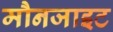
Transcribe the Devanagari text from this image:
मौनजाइट